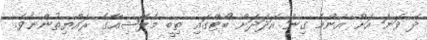
ދެ ވަނަ އަށް އެންމެ ގިނަ އަދަދަށް ބޯޓްގައި ތިބީ މެލޭޝިއާގެ ރައްޔިތުންނެވެ.